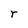
Character: r